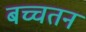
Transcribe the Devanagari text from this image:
बच्चतन